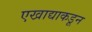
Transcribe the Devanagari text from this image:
एखाद्याकडून